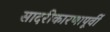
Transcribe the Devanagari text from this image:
सादरीकारणापूर्वी